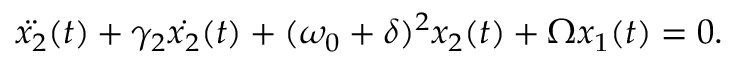
\centering \ddot { x _ { 2 } } ( t ) + \gamma _ { 2 } \dot { x _ { 2 } } ( t ) + ( \omega _ { 0 } + \delta ) ^ { 2 } x _ { 2 } ( t ) + \Omega x _ { 1 } ( t ) = 0 .